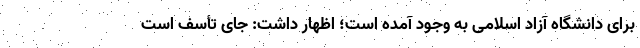
برای دانشگاه آزاد اسلامی به وجود آمده است؛ اظهار داشت: جای تأسف است